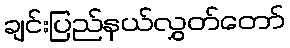
ချင်းပြည်နယ်လွှတ်တော်